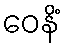
ဝေနိံ